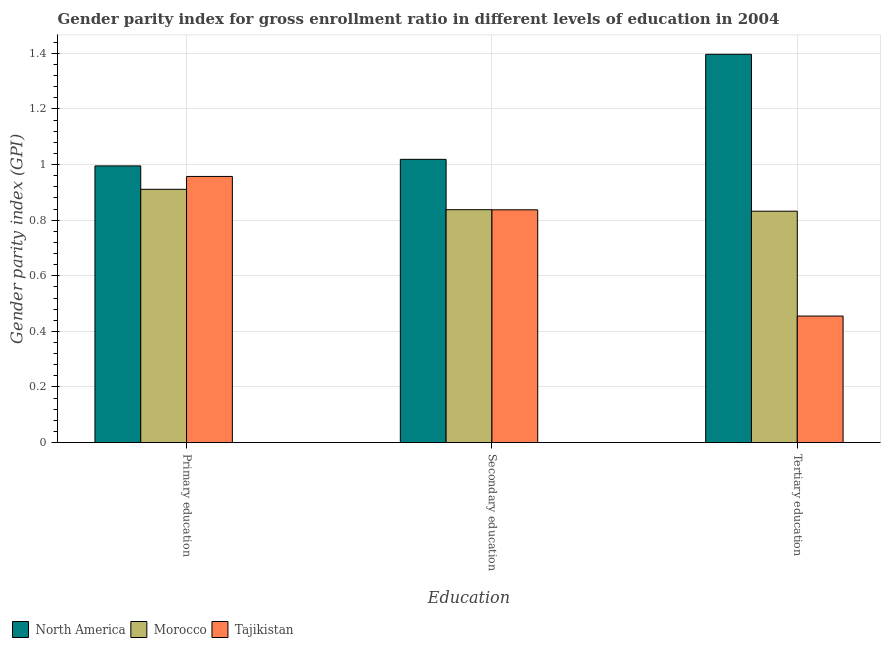
| Education | North America | Morocco | Tajikistan |
 | --- | --- | --- | --- |
 | Primary education | 0.995 | 0.911 | 0.957 |
 | Secondary education | 1.02 | 0.838 | 0.837 |
 | Tertiary education | 1.4 | 0.832 | 0.455 |